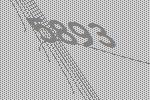
5893